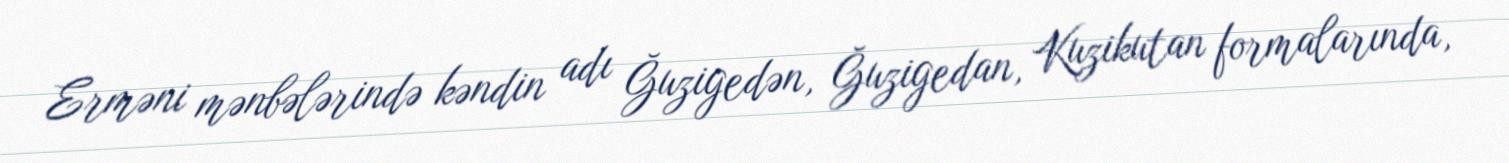
Erməni mənbələrində kəndin adı Ğuzigedən, Ğuzigedan, Kuzikutan formalarında,